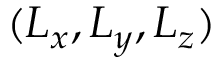
( L _ { x } , L _ { y } , L _ { z } )